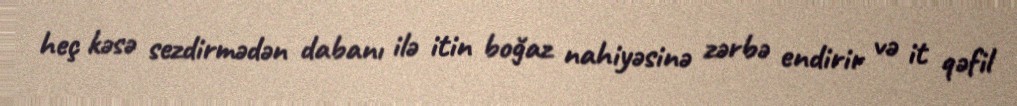
heç kəsə sezdirmədən dabanı ilə itin boğaz nahiyəsinə zərbə endirir və it qəfil